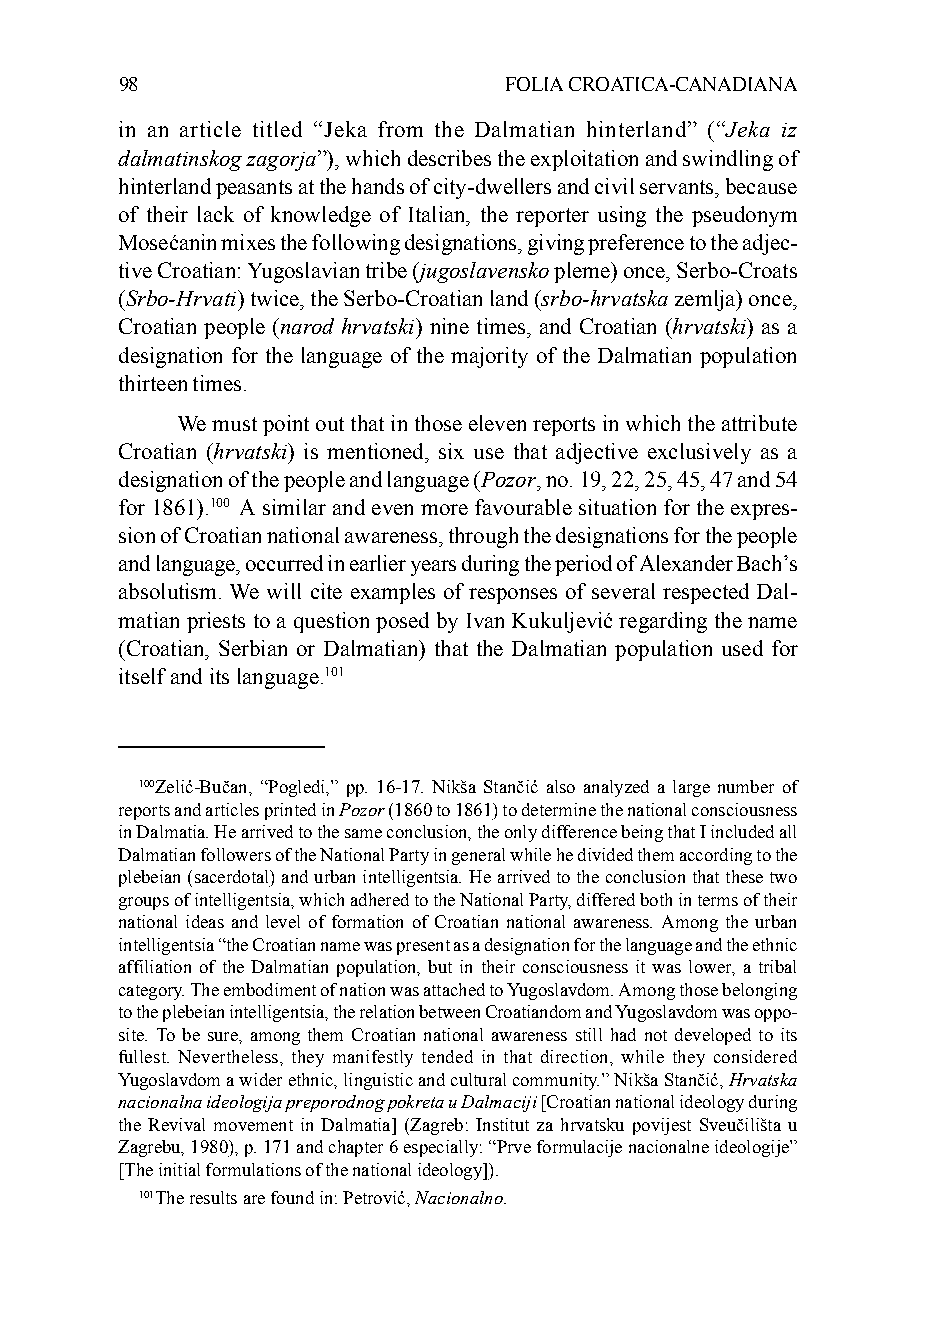
98                       FOLIA CROATICA-CANADIANA
 in an article titled “Jeka from the Dalmatian hinterland” (“Jeka iz
 dalmatinskog zagorja”), which describes the exploitation and swindling of
 hinterland peasants at the hands of city-dwellers and civil servants, because
 of their lack of knowledge of Italian, the reporter using the pseudonym
 Mosećanin mixes the following designations, giving preference to the adjec-
 tive Croatian: Yugoslavian tribe (jugoslavensko pleme) once, Serbo-Croats
 (Srbo-Hrvati) twice, the Serbo-Croatian land (srbo-hrvatska zemlja) once,
 Croatian people (narod hrvatski) nine times, and Croatian (hrvatski) as a
 designation for the language of the majority of the Dalmatian population
 thirteen times.
 We must point out that in those eleven reports in which the attribute
 Croatian (hrvatski) is mentioned, six use that adjective exclusively as a
 designation of the people and language (Pozor, no. 19, 22, 25, 45, 47 and 54
 for 1861).100 A similar and even more favourable situation for the expres-
 sion of Croatian national awareness, through the designations for the people
 and language, occurred in earlier years during the period of Alexander Bach’s
 absolutism. We will cite examples of responses of several respected Dal-
 matian priests to a question posed by Ivan Kukuljević regarding the name
 (Croatian, Serbian or Dalmatian) that the Dalmatian population used for
 itself and its language.101
 100Zelić-Bučan, “Pogledi,” pp. 16-17. Nikša Stančić also analyzed a large number of
 reports and articles printed in Pozor (1860 to 1861) to determine the national consciousness
 in Dalmatia. He arrived to the same conclusion, the only difference being that I included all
 Dalmatian followers of the National Party in general while he divided them according to the
 plebeian (sacerdotal) and urban intelligentsia. He arrived to the conclusion that these two
 groups of intelligentsia, which adhered to the National Party, differed both in terms of their
 national ideas and level of formation of Croatian national awareness. Among the urban
 intelligentsia “the Croatian name was present as a designation for the language and the ethnic
 affiliation of the Dalmatian population, but in their consciousness it was lower, a tribal
 category. The embodiment of nation was attached to Yugoslavdom. Among those belonging
 to the plebeian intelligentsia, the relation between Croatiandom and Yugoslavdom was oppo-
 site. To be sure, among them Croatian national awareness still had not developed to its
 fullest. Nevertheless, they manifestly tended in that direction, while they considered
 Yugoslavdom a wider ethnic, linguistic and cultural community.” Nikša Stančić, Hrvatska
 nacionalna ideologija preporodnog pokreta u Dalmaciji [Croatian national ideology during
 the Revival movement in Dalmatia] (Zagreb: Institut za hrvatsku povijest Sveučilišta u
 Zagrebu, 1980), p. 171 and chapter 6 especially: “Prve formulacije nacionalne ideologije”
 [The initial formulations of the national ideology]).
 101The results are found in: Petrović, Nacionalno.